Laimjala_vallavalitsus, lk 32
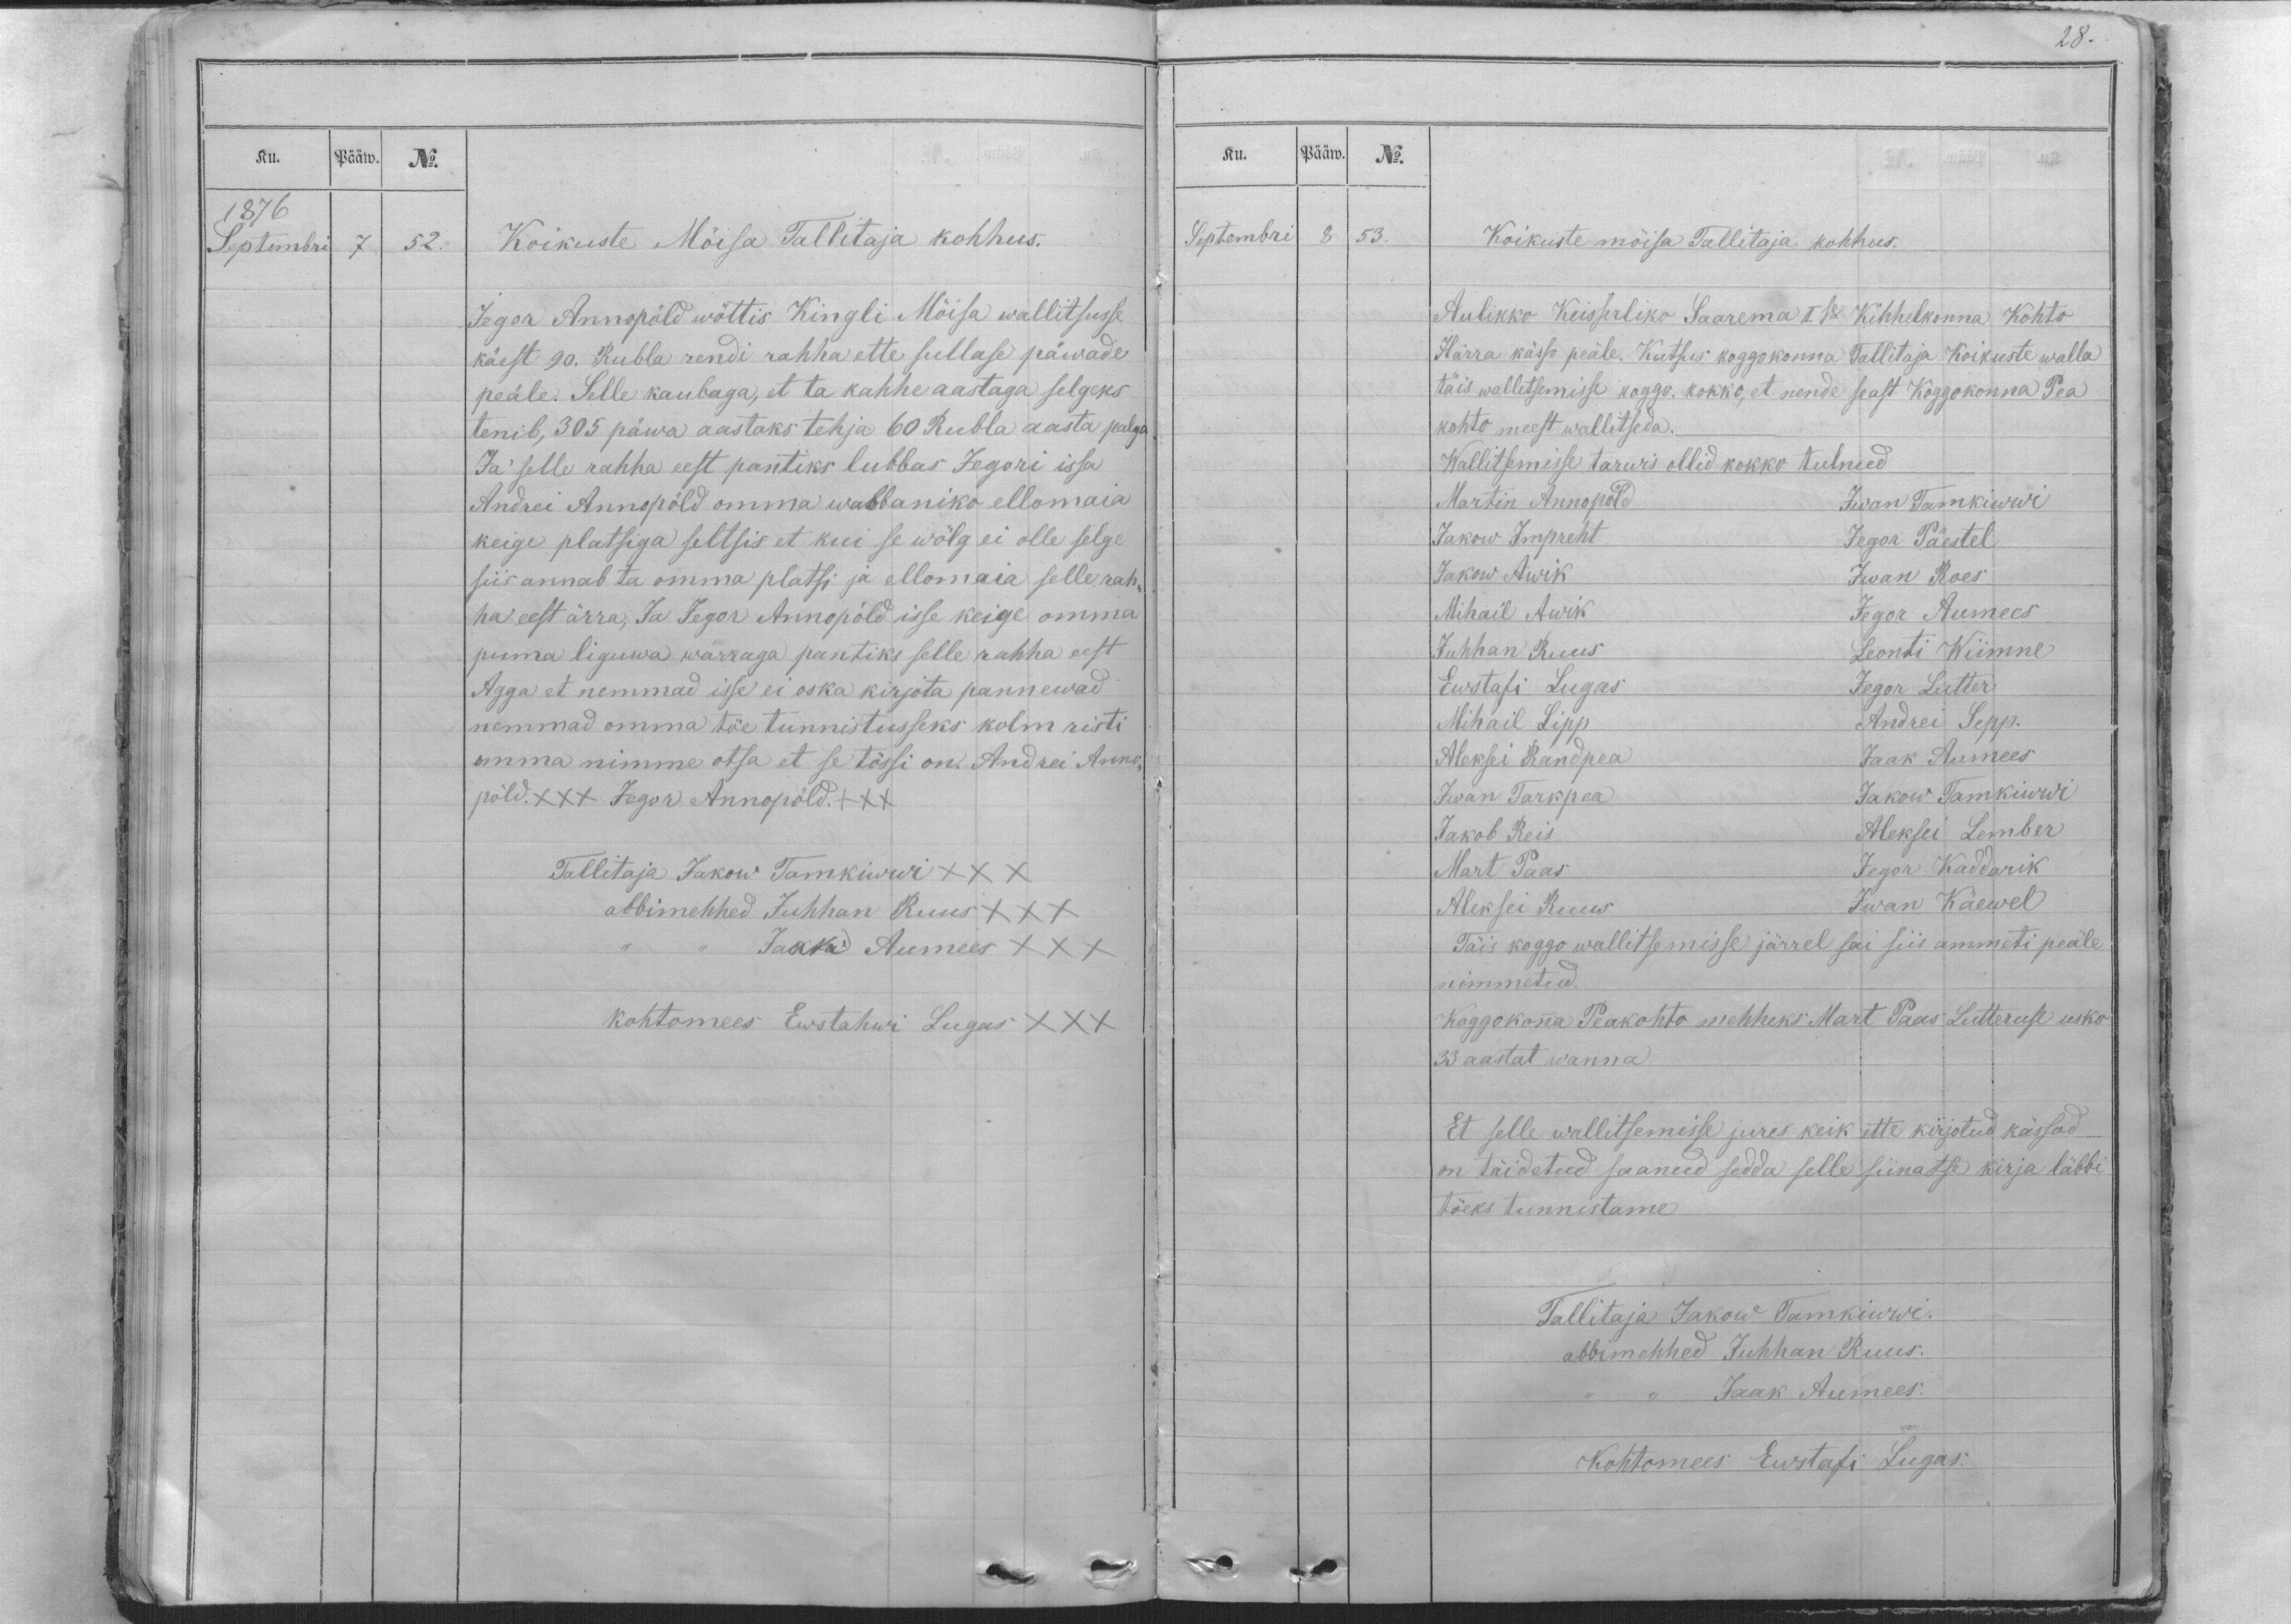
Ku.
Pääw.
No.
1876
Septembri
7
52.
Koikuste Möisa Tallitaja kohhus.
Jegor Annopöld wöttis Kingli Möisa wallitsusse
käest 90. Rubla rendi rahha ette sullase päwade
peäle. Selle kaubaga, et ta kahhe aastaga selgeks
tenib, 305 päwa aastaks tehja 60 Rubla aasta palga
Ja selle rahha eest pantiks lubbas Jegori issa
Andrei Annopöld omma wabbaniko ellomaia
keige platsiga seltsis et kui se wölg ei olle selge
siis annab ta omma platsi ja ellomaia selle rah-
ha eest ärra, Ja Jegor Annopöld isse keige omma
puma liguwa warraga pantiks selle rahha eest
Agga et nemmad isse ei oska kirjota pannewad
nemmad omma töe tunnistusseks kolm risti
omma nimme otsa et se tössi on. Andrei Anno-
pöld. XXX Jegor Annopöld. XXX
Tallitaja Jakow Tamkiwwi XXX
abbimehhed Juhhan Ruus XXX
,, ,, Jaak Aumees XXX
kohtomees Ewstahwi Lugas XXX

28.
Ku.
Pääw.
No.
Septembri
8
53.
Koikuste möisa Tallitaja kohhus.
Aulikko Keiserliko Saarema I se Kihhelkonna Kohto
Härra kässo peäle. Kutsus koggokonna Tallitaja Koikuste walla
täis walletsemisse koggo. kokko, et nende seast Koggokonna Pea
kohto meest wallitseda.
Wallitsemisse tarwis ollid kokko tulnud
Martin Annopöld
Iwan Tamkiwwi
Jakow Impreht
Jegor Päestel
Jakow Awik
Iwan Roes
Mihail Awik
Jegor Aumees
Juhhan Ruus
Leonti Wiimne
Ewstafi Lugas
Jegor Lutter
Mihail Lipp
Andrei Sepp.
Aleksei Randpea
Jaak Aumees
Iwan Tarkpea
Jakow Tamkiwwi
Jakob Reis
Aleksei Lember
Mart Paas
Jegor Kaddarik
Aleksei Ruus
Iwan Käewel
Täis koggo wallitsemisse järrel sai siis ammeti peäle
nimmetud.
Koggokonna Peakohto mehheks Mart Paas Lutteruse usko
33 aastat wanna
Et selle wallitsemisse jures keik ette kirjotud kässod
on täidetud saanud sedda selle siinatse kirja läbbi
töeks tunnistame
Tallitaja Jakow Tamkiwwi.
abbimehhed Juhhan Ruus.
,, ,, Jaak Aumees.
Kohtomees Ewstafi Lugas.